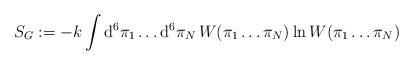
LaTeX: \begin{align*}S_G:=-k\int\mbox{d}^6\pi_1\ldots\mbox{d}^6\pi_N\,W(\pi_1\ldots\pi_N)\ln W(\pi_1\ldots\pi_N)\end{align*}